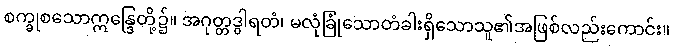
စက္ခုစသောဣန္ဒြေတို့၌။ အဂုတ္တဒွါရတံ၊ မလုံခြုံသောတံခါးရှိသောသူ၏အဖြစ်လည်းကောင်း။